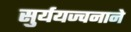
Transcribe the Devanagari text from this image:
सुर्ययज्वनाने